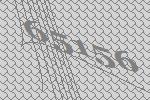
65156